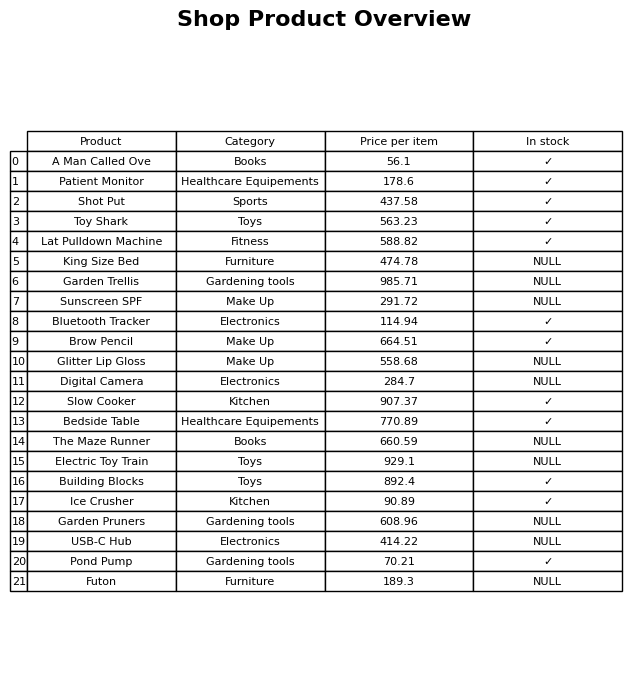
question: What is the price for Lat Pulldown Machine?
answer: The price of Lat Pulldown Machine is 588.82.